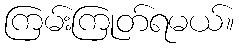
ကြမ်းကြုတ်ရမယ်။